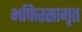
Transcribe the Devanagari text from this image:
भक्तिरसामृत